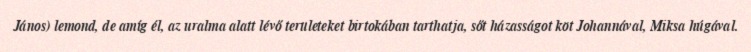
János) lemond, de amíg él, az uralma alatt lévő területeket birtokában tarthatja, sőt házasságot köt Johannával, Miksa húgával.